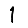
Digit: 1